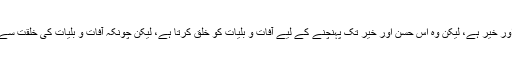
پس اس نظریئے کے مطابق خدا کا ہر فعل حسن اور خیر ہے، لیکن وہ اس حسن اور خیر تک پہنچنے کے لیے آفات و بلیات کو خلق کرتا ہے، لیکن چونکہ آفات و بلیات کی خلقت سے بھی مدنظر کمال ہے، لہذا یہ بھی فعل حسن ہے۔